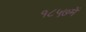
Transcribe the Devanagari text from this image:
१८५७में